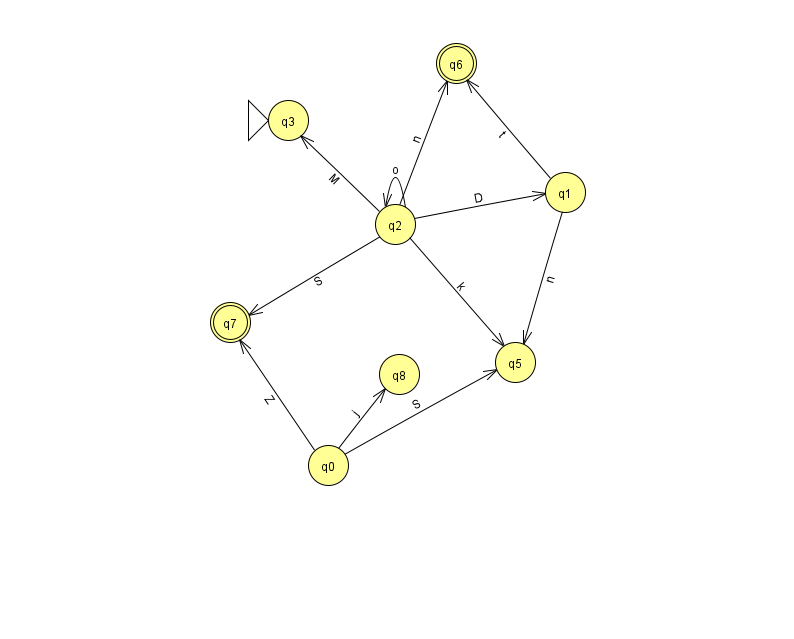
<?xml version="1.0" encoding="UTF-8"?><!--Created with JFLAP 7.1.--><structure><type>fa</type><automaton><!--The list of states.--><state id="0" name="q0"><x>328.0</x><y>452.0</y></state><state id="1" name="q1"><x>565.0</x><y>179.0</y></state><state id="2" name="q2"><x>395.0</x><y>211.0</y></state><state id="3" name="q3"><x>288.0</x><y>107.0</y><initial/></state><state id="5" name="q5"><x>515.0</x><y>349.0</y></state><state id="6" name="q6"><x>456.0</x><y>50.0</y><final/></state><state id="7" name="q7"><x>230.0</x><y>309.0</y><final/></state><state id="8" name="q8"><x>399.0</x><y>361.0</y></state><!--The list of transitions.--><transition><from>0</from><to>8</to><read>j</read></transition><transition><from>2</from><to>1</to><read>D</read></transition><transition><from>2</from><to>7</to><read>S</read></transition><transition><from>0</from><to>5</to><read>S</read></transition><transition><from>1</from><to>6</to><read>t</read></transition><transition><from>1</from><to>5</to><read>n</read></transition><transition><from>2</from><to>5</to><read>k</read></transition><transition><from>2</from><to>6</to><read>n</read></transition><transition><from>2</from><to>3</to><read>M</read></transition><transition><from>0</from><to>7</to><read>Z</read></transition><transition><from>2</from><to>2</to><read>o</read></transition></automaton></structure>